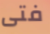
فتى